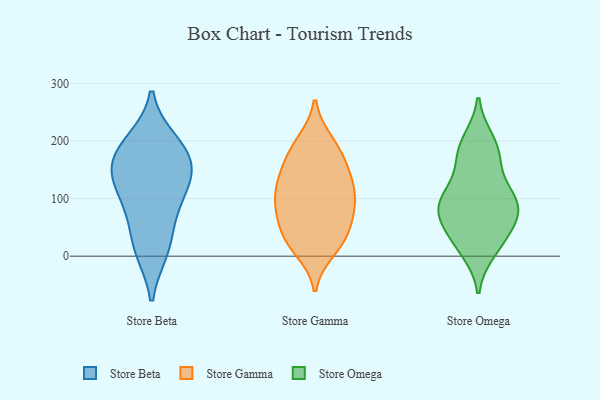
{"axis": {"x": "Revenue (USD Million)", "y": "Value"}, "legend": ["Store Beta", "Store Gamma", "Store Omega"], "data": [{"x": "", "y": 158, "type": "Store Beta"}, {"x": "", "y": 178, "type": "Store Beta"}, {"x": "", "y": 69, "type": "Store Beta"}, {"x": "", "y": 14, "type": "Store Beta"}, {"x": "", "y": 191, "type": "Store Beta"}, {"x": "", "y": 10, "type": "Store Beta"}, {"x": "", "y": 127, "type": "Store Beta"}, {"x": "", "y": 139, "type": "Store Beta"}, {"x": "", "y": 86, "type": "Store Beta"}, {"x": "", "y": 199, "type": "Store Beta"}, {"x": "", "y": 135, "type": "Store Beta"}, {"x": "", "y": 138, "type": "Store Gamma"}, {"x": "", "y": 71, "type": "Store Gamma"}, {"x": "", "y": 120, "type": "Store Gamma"}, {"x": "", "y": 87, "type": "Store Gamma"}, {"x": "", "y": 199, "type": "Store Gamma"}, {"x": "", "y": 170, "type": "Store Gamma"}, {"x": "", "y": 107, "type": "Store Gamma"}, {"x": "", "y": 159, "type": "Store Gamma"}, {"x": "", "y": 167, "type": "Store Gamma"}, {"x": "", "y": 32, "type": "Store Gamma"}, {"x": "", "y": 117, "type": "Store Gamma"}, {"x": "", "y": 70, "type": "Store Gamma"}, {"x": "", "y": 82, "type": "Store Gamma"}, {"x": "", "y": 10, "type": "Store Gamma"}, {"x": "", "y": 42, "type": "Store Gamma"}, {"x": "", "y": 16, "type": "Store Gamma"}, {"x": "", "y": 34, "type": "Store Gamma"}, {"x": "", "y": 115, "type": "Store Gamma"}, {"x": "", "y": 200, "type": "Store Gamma"}, {"x": "", "y": 112, "type": "Store Omega"}, {"x": "", "y": 191, "type": "Store Omega"}, {"x": "", "y": 109, "type": "Store Omega"}, {"x": "", "y": 163, "type": "Store Omega"}, {"x": "", "y": 22, "type": "Store Omega"}, {"x": "", "y": 84, "type": "Store Omega"}, {"x": "", "y": 51, "type": "Store Omega"}, {"x": "", "y": 10, "type": "Store Omega"}, {"x": "", "y": 91, "type": "Store Omega"}, {"x": "", "y": 81, "type": "Store Omega"}, {"x": "", "y": 200, "type": "Store Omega"}, {"x": "", "y": 75, "type": "Store Omega"}, {"x": "", "y": 84, "type": "Store Omega"}, {"x": "", "y": 172, "type": "Store Omega"}, {"x": "", "y": 31, "type": "Store Omega"}]}